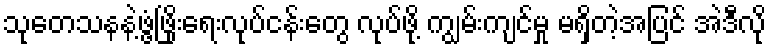
သုတေသနနဲ့ဖွံ့ဖြိုးရေးလုပ်ငန်းတွေ လုပ်ဖို့ ကျွမ်းကျင်မှု မရှိတဲ့အပြင် အဲဒီလို